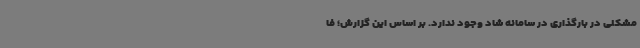
مشکلی در بارگذاری در سامانه شاد وجود ندارد. بر اساس این گزارش؛ فا